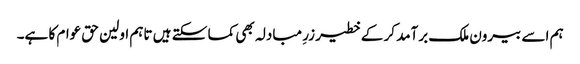
ہم اسے بیرون ملک برآمد کر کے خطیر زرِ مبادلہ بھی کما سکتے ہیں تاہم اولین حق عوام کا ہے۔